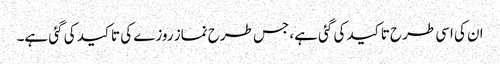
ان کی اسی طرح تاکید کی گئی ہے، جس طرح نماز روزے کی تاکید کی گئی ہے۔